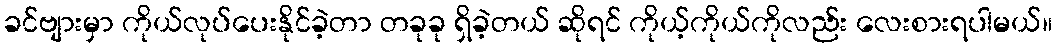
ခင်ဗျားမှာ ကိုယ်လုပ်ပေးနိုင်ခဲ့တာ တခုခု ရှိခဲ့တယ် ဆိုရင် ကိုယ့်ကိုယ်ကိုလည်း လေးစားရပါမယ်။